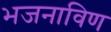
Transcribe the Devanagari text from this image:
भजनाविण